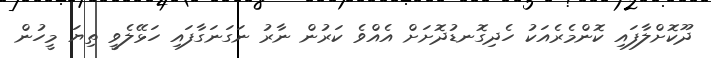
ދޫކޮށްލާފައި ކޮންމެރެއަކު ހެދިގޮނޑުދޮށަށް އެއްވެ ކަރުން ނާރު ނަގަނަގާފައި ހަޅޭލެވީ ތިޔަ މީހުން